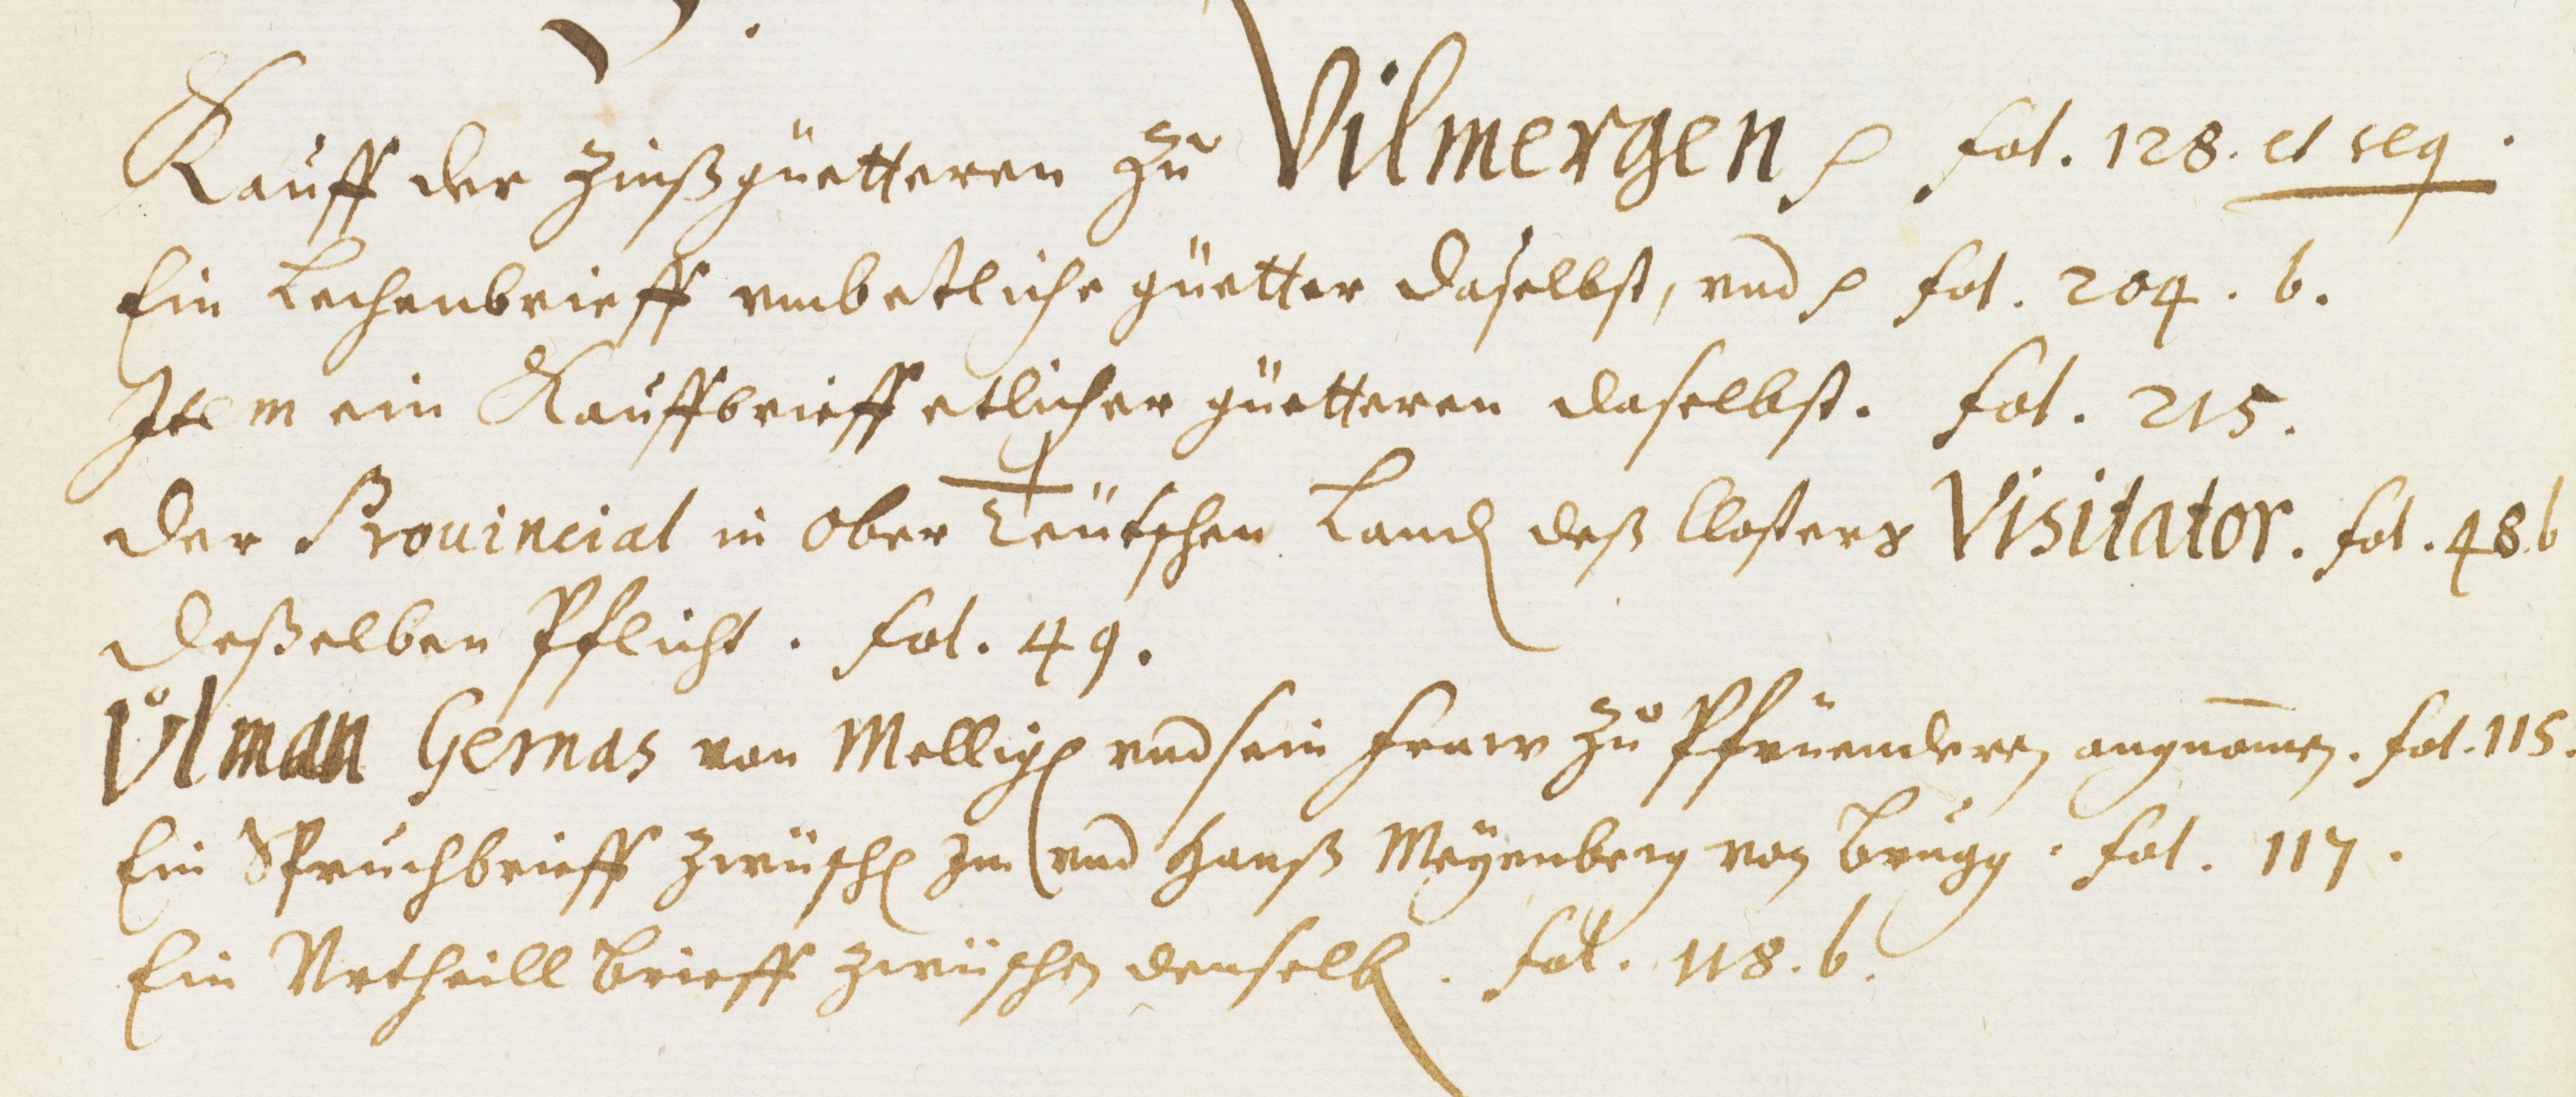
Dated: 1451–1510